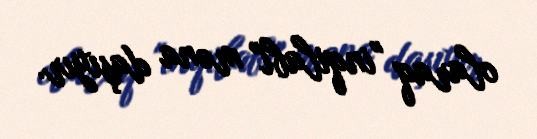
olaraq "inqilabi" məna daşıyır.